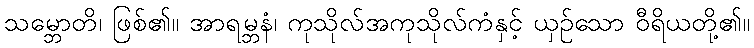
သမ္ဘောတိ၊ ဖြစ်၏။ အာရမ္ဘနံ၊ ကုသိုလ်အကုသိုလ်ကံနှင့် ယှဉ်သော ဝီရိယတို့၏။